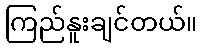
ကြည်နူးချင်တယ်။